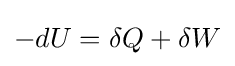
-dU=\delta Q+\delta W